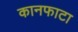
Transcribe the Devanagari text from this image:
कानफाटा